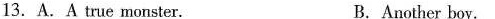
13.A.A true monster. B. Another boy.